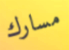
مسارك